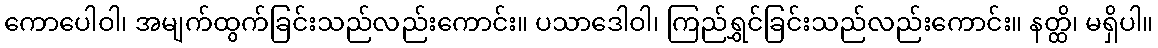
ကောပေါဝါ၊ အမျက်ထွက်ခြင်းသည်လည်းကောင်း။ ပသာဒေါဝါ၊ ကြည်ရွှင်ခြင်းသည်လည်းကောင်း။ နတ္ထိ၊ မရှိပါ။